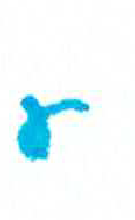
אות: ע